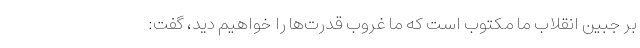
بر جبین انقلاب ما مکتوب است که ما غروب قدرت‌ها را خواهیم دید،‌ گفت: